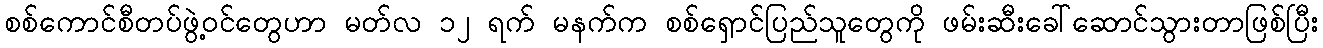
စစ်ကောင်စီတပ်ဖွဲ့ဝင်တွေဟာ မတ်လ ၁၂ ရက် မနက်က စစ်ရှောင်ပြည်သူတွေကို ဖမ်းဆီးခေါ်ဆောင်သွားတာဖြစ်ပြီး